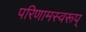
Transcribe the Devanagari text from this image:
परिणामस्वरूप्